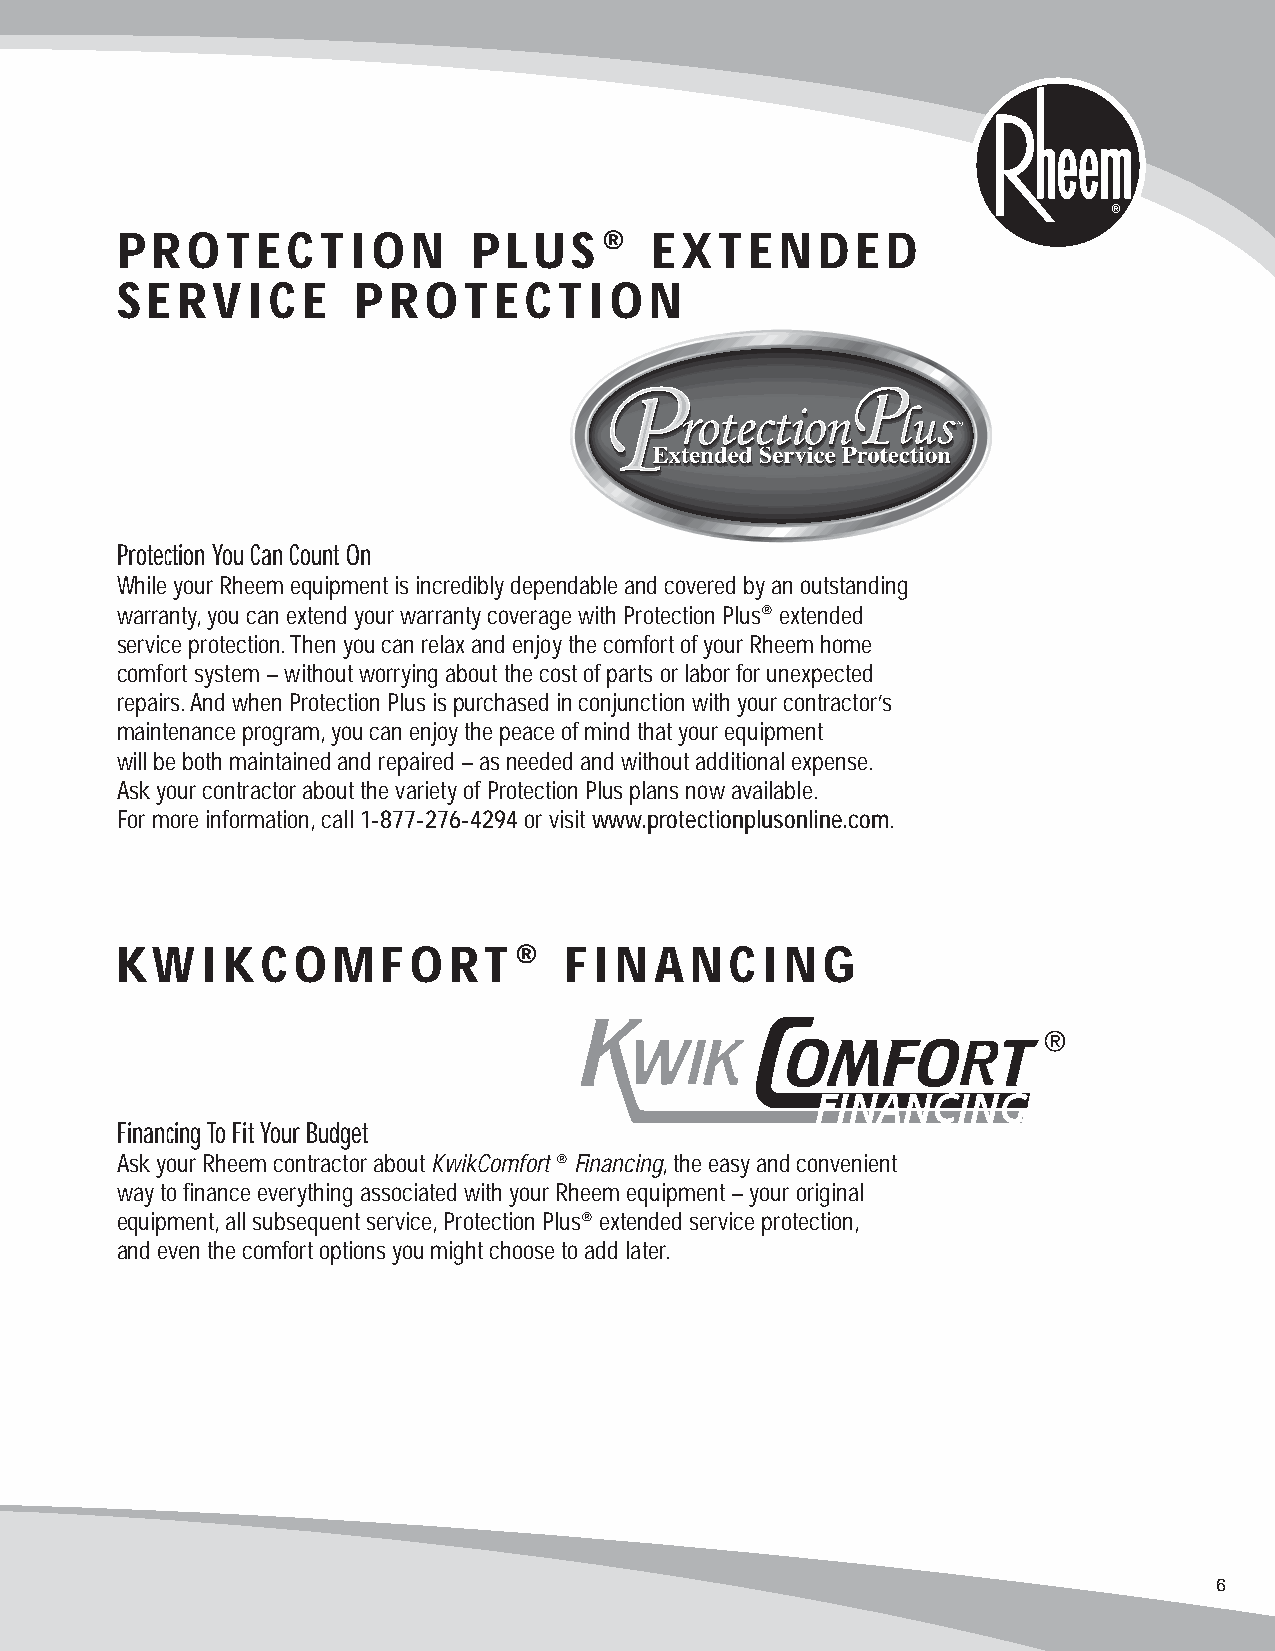
PROTECTION             PLUS®       EXTENDED
 SERVICE         PROTECTION
 Protection You Can Count On
 While your Rheem equipment is incredibly dependable and covered by an outstanding
 warranty,you can extend your warranty coverage with Protection Plus®extended
 service protection.Then you can relax and enjoy the comfort of your Rheem home
 comfort system – without worrying about the cost of parts or labor for unexpected
 repairs.And when Protection Plus is purchased in conjunction with your contractor’s
 maintenance program,you can enjoy the peace of mind that your equipment
 will be both maintained and repaired – as needed and without additional expense.
 Ask your contractor about the variety of Protection Plus plans now available.
 For more information,call 1-877-276-4294or visit www.protectionplusonline.com.
 KWIKCOMFORT®                 FINANCING
 Financing To Fit Your Budget
 Ask your Rheem contractor about KwikComfort ®Financing,the easy and convenient
 way to finance everything associated with your Rheem equipment – your original
 equipment,all subsequent service,Protection Plus®extended service protection,
 and even the comfort options you might choose to add later.
 6